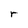
Character: r